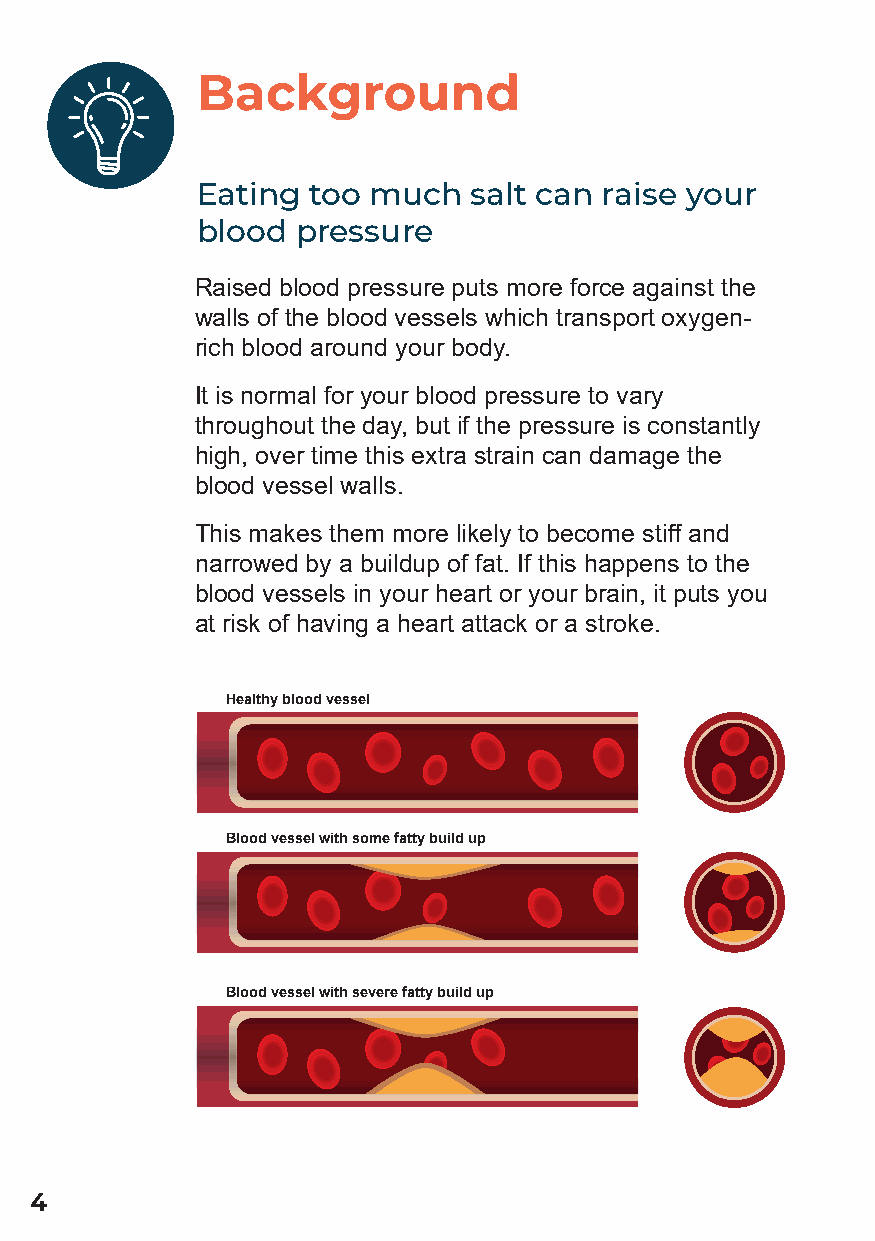
Background
 Eating too much   salt can raise your
 blood  pressure
 Raised blood pressure puts more force against the
 walls of the blood vessels which transport oxygen-
 rich blood around your body.
 It is normal for your blood pressure to vary
 throughout the day, but if the pressure is constantly
 high, over time this extra strain can damage the
 blood vessel walls.
 This makes them more likely to become stiff and
 narrowed by a buildup of fat. If this happens to the
 blood vessels in your heart or your brain, it puts you
 at risk of having a heart attack or a stroke.
 Healthy blood vessel
 Blood vessel with some fatty build up
 Blood vessel with severe fatty build up
 4